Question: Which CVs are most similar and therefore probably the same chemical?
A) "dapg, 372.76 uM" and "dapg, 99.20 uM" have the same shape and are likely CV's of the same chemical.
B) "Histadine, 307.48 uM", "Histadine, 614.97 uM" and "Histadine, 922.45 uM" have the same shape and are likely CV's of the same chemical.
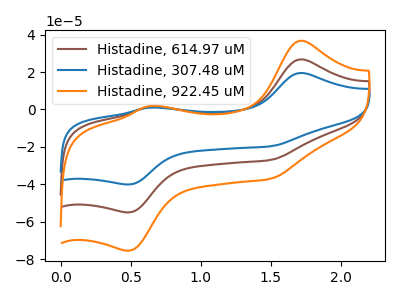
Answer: <think>The brown curve "Histadine, 614.97 uM" has anodic peaks at (1.70V, 26.75uA) (0.65V, 1.35uA) and cathodic peaks at (1.50V, -27.00uA) (0.50V, -55.00uA). The blue curve "Histadine, 307.48 uM" has anodic peaks at (1.70V, 19.50uA) (0.65V, 1.00uA) and cathodic peaks at (1.50V, -19.70uA) (0.50V, -40.05uA). The orange curve "Histadine, 922.45 uM" has anodic peaks at (1.70V, 53.50uA) (0.65V, 2.70uA) and cathodic peaks at (1.50V, -54.00uA) (0.50V, -109.95uA).
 All the peaks in "Histadine, 614.97 uM" have a peak in "Histadine, 307.48 uM" at the same potential. Every peak in "Histadine, 614.97 uM" is higher than every peak in "Histadine, 307.48 uM". All the peaks in "Histadine, 614.97 uM" have a peak in "Histadine, 922.45 uM" at the same potential. Every peak in "Histadine, 614.97 uM" is lower than every peak in "Histadine, 922.45 uM". All the peaks in "Histadine, 307.48 uM" have a peak in "Histadine, 922.45 uM" at the same potential. Every peak in "Histadine, 307.48 uM" is lower than every peak in "Histadine, 922.45 uM".</think>
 <answer>B) "Histadine, 307.48 uM", "Histadine, 614.97 uM" and "Histadine, 922.45 uM" have the same shape and are likely CV's of the same chemical.</answer>
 <eval>B</eval>